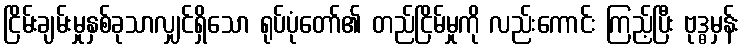
ငြိမ်းချမ်းမှုနှစ်ခုသာလျှင်ရှိသော ရုပ်ပုံတော်၏ တည်ငြိမ်မှုကို လည်းကောင်း ကြည့်ပြီး ဗုဒ္ဓမှန်း